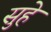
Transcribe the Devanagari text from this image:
सुहे